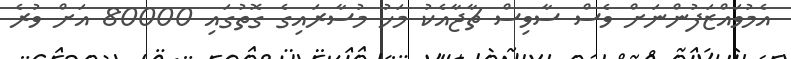
އެމުވައްޒަފުންނަށް ވެސް ސާވިސް ޗާޖާއެކު މަހު މުސާރައިގެ ގޮތުގައި 80000 އަށް ވުރެ